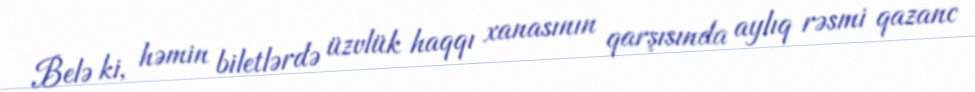
Belə ki, həmin biletlərdə üzvlük haqqı xanasının qarşısında aylıq rəsmi qazanc